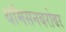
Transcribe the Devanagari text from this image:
थॉमसनबरोबर